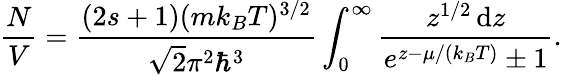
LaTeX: {\frac{N}{V}}={\frac{(2s+1)(mk_{B}T)^{3/2}}{{\sqrt{2}}\pi^{2}\hbar^{3}}}\int_{0}^{\infty}{\frac{z^{1/2}\, \mathrm{d}z}{e^{z-\mu/(k_{B}T)}\pm 1}}.